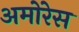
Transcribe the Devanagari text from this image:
अमोरेस